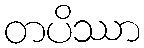
တပိဿာ